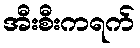
အီးစီးကရက်